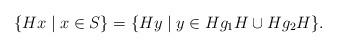
LaTeX: \begin{align*}\{Hx\mid x \in S\}=\{Hy\mid y \in Hg_1H\cup Hg_2H\}.\end{align*}